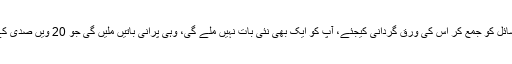
آپ ہند سے نکلنے والے تمام اُردو رسائل کو جمع کر اُس کی وَرَق گردانی کیجئے، آپ کو ایک بھی نئی بات نہیں ملے گی، وہی پرانی باتیں ملیں گی جو 20 ویں صدی کے آخری عشرہ تک کہہ دی گئی ہوں۔